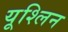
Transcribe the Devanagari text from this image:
यूश्लिन